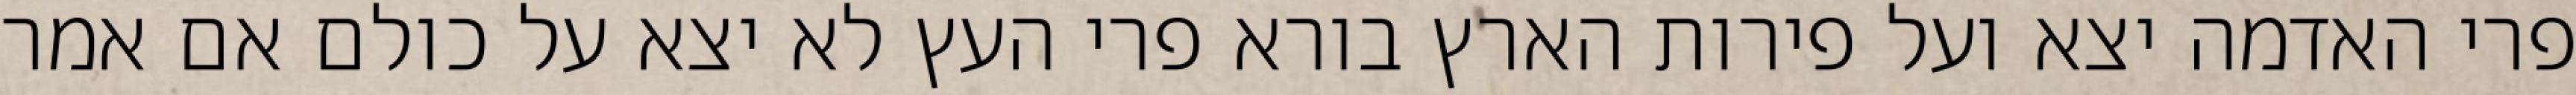
פרי האדמה יצא ועל פירות הארץ בורא פרי העץ לא יצא על כולם אם אמר